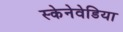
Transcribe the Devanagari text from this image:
स्केनेवेडिया